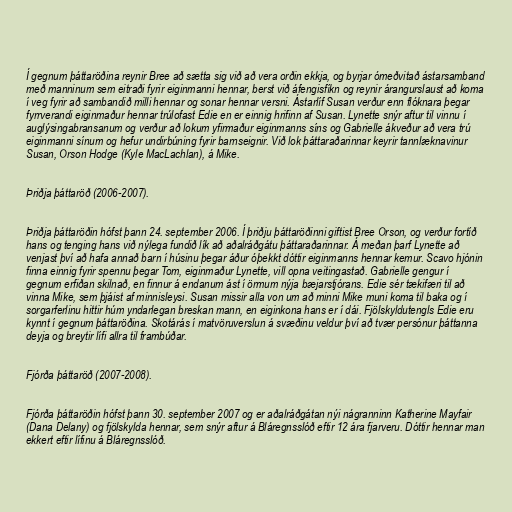
Í gegnum þáttaröðina reynir Bree að sætta sig við að vera orðin ekkja, og byrjar ómeðvitað ástarsamband
með manninum sem eitraði fyrir eiginmanni hennar, berst við áfengisfíkn og reynir árangurslaust að koma
í veg fyrir að sambandið milli hennar og sonar hennar versni. Ástarlíf Susan verður enn flóknara þegar
fyrrverandi eiginmaður hennar trúlofast Edie en er einnig hrifinn af Susan. Lynette snýr aftur til vinnu í
auglýsingabransanum og verður að lokum yfirmaður eiginmanns síns og Gabrielle ákveður að vera trú
eiginmanni sínum og hefur undirbúning fyrir barnseignir. Við lok þáttaraðarinnar keyrir tannlæknavinur
Susan, Orson Hodge (Kyle MacLachlan), á Mike.

Þriðja þáttaröð (2006-2007).

Þriðja þáttaröðin hófst þann 24. september 2006. Í þriðju þáttaröðinni giftist Bree Orson, og verður fortíð
hans og tenging hans við nýlega fundið lík að aðalráðgátu þáttaraðarinnar. Á meðan þarf Lynette að
venjast því að hafa annað barn í húsinu þegar áður óþekkt dóttir eiginmanns hennar kemur. Scavo hjónin
finna einnig fyrir spennu þegar Tom, eiginmaður Lynette, vill opna veitingastað. Gabrielle gengur í
gegnum erfiðan skilnað, en finnur á endanum ást í örmum nýja bæjarstjórans. Edie sér tækifæri til að
vinna Mike, sem þjáist af minnisleysi. Susan missir alla von um að minni Mike muni koma til baka og í
sorgarferlinu hittir húm yndarlegan breskan mann, en eiginkona hans er í dái. Fjölskyldutengls Edie eru
kynnt í gegnum þáttaröðina. Skotárás í matvöruverslun á svæðinu veldur því að tvær persónur þáttanna
deyja og breytir lífi allra til frambúðar.

Fjórða þáttaröð (2007-2008).

Fjórða þáttaröðin hófst þann 30. september 2007 og er aðalráðgátan nýi nágranninn Katherine Mayfair
(Dana Delany) og fjölskylda hennar, sem snýr aftur á Bláregnsslóð eftir 12 ára fjarveru. Dóttir hennar man
ekkert eftir lífinu á Bláregnsslóð.